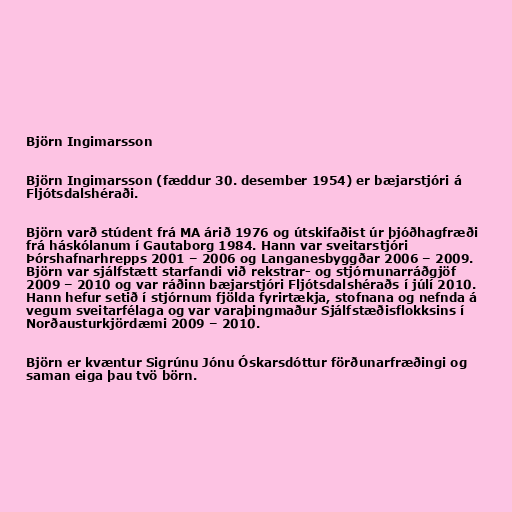
Björn Ingimarsson

Björn Ingimarsson (fæddur 30. desember 1954) er bæjarstjóri á
Fljótsdalshéraði.

Björn varð stúdent frá MA árið 1976 og útskifaðist úr þjóðhagfræði
frá háskólanum í Gautaborg 1984. Hann var sveitarstjóri
Þórshafnarhrepps 2001 – 2006 og Langanesbyggðar 2006 – 2009.
Björn var sjálfstætt starfandi við rekstrar- og stjórnunarráðgjöf
2009 – 2010 og var ráðinn bæjarstjóri Fljótsdalshéraðs í júlí 2010.
Hann hefur setið í stjórnum fjölda fyrirtækja, stofnana og nefnda á
vegum sveitarfélaga og var varaþingmaður Sjálfstæðisflokksins í
Norðausturkjördæmi 2009 – 2010.

Björn er kvæntur Sigrúnu Jónu Óskarsdóttur förðunarfræðingi og
saman eiga þau tvö börn.